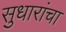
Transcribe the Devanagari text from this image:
सुधारांचा